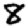
Digit: 8